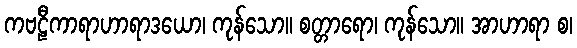
ကဗဠီကာရာဟာရာဒယော၊ ကုန်သော။ စတ္တာရော၊ ကုန်သော။ အာဟာရာ စ၊